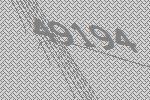
49194